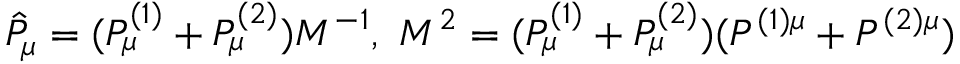
\hat { P } _ { \mu } = ( { P } _ { \mu } ^ { ( 1 ) } + { P } _ { \mu } ^ { ( 2 ) } ) M ^ { - 1 } , \, \, M ^ { 2 } = ( P _ { \mu } ^ { ( 1 ) } + P _ { \mu } ^ { ( 2 ) } ) ( P ^ { ( 1 ) \mu } + P ^ { ( 2 ) \mu } )